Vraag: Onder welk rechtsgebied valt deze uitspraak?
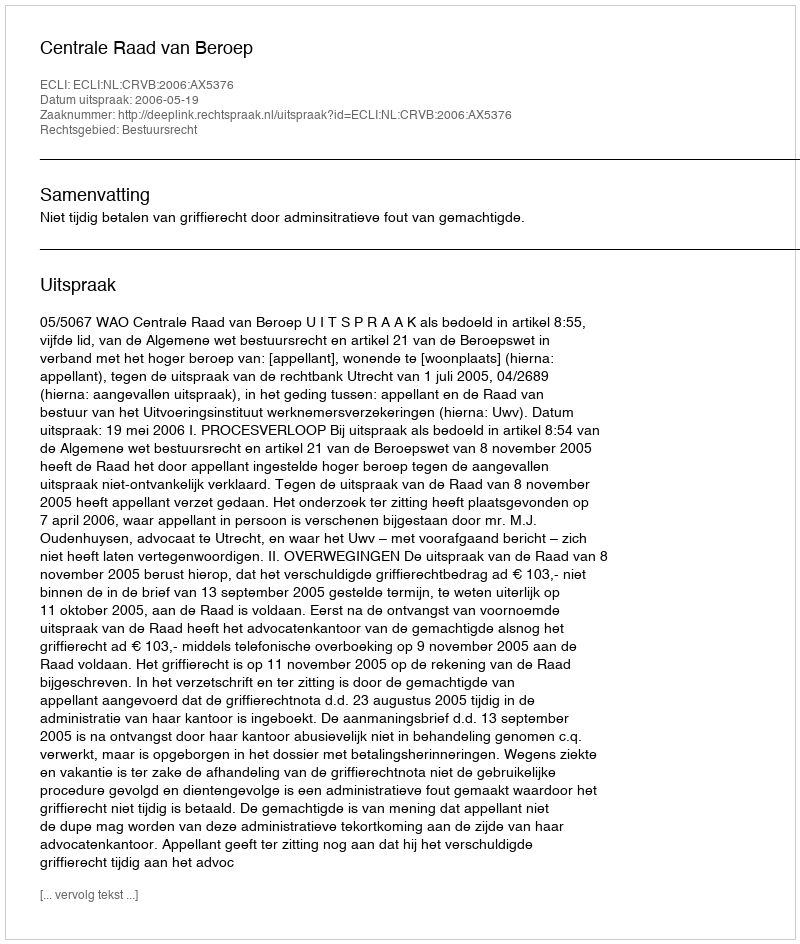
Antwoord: Bestuursrecht